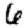
Digit: 6